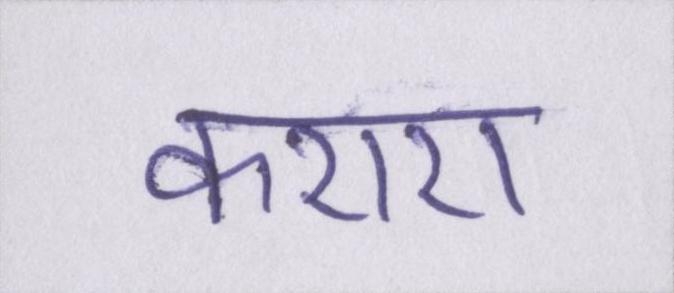
कराए